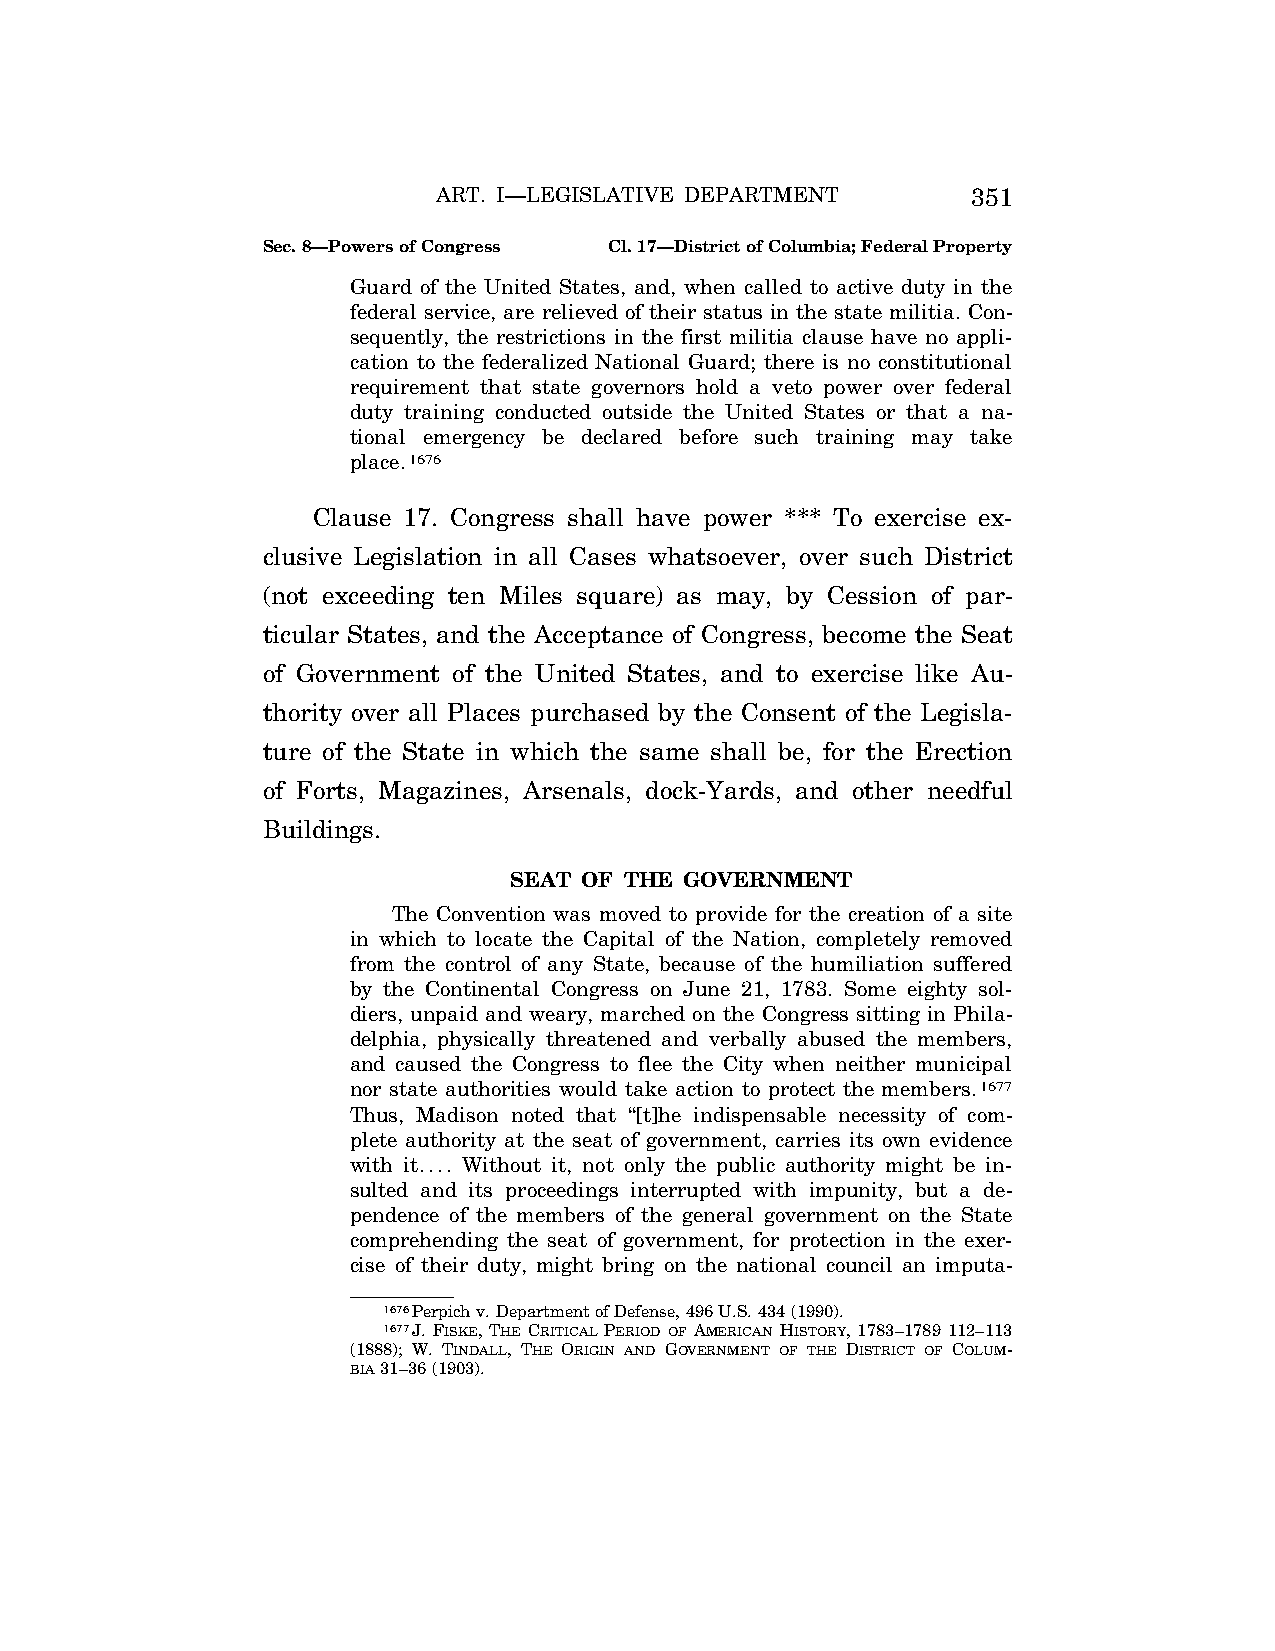
ART. I—LEGISLATIVE DEPARTMENT      351
 Sec. 8—Powers of Congress Cl. 17—District of Columbia; Federal Property
 Guard of the United States, and, when called to active duty in the
 federal service, are relieved of their status in the state militia. Con-
 sequently, the restrictions in the first militia clause have no appli-
 cation to the federalized National Guard; there is no constitutional
 requirement that state governors hold a veto power over federal
 duty training conducted outside the United States or that a na-
 tional emergency be declared before such training may take
 place.1676
 Clause 17. Congress shall have power *** To exercise ex-
 clusive Legislation in all Cases whatsoever, over such District
 (not exceeding ten Miles square) as may, by Cession of par-
 ticular States, and the Acceptance of Congress, become the Seat
 of Government of the United States, and to exercise like Au-
 thority over all Places purchased by the Consent of the Legisla-
 ture of the State in which the same shall be, for the Erection
 of Forts, Magazines, Arsenals, dock-Yards, and other needful
 Buildings.
 SEAT OF THE GOVERNMENT
 The Convention was moved to provide for the creation of a site
 in which to locate the Capital of the Nation, completely removed
 from the control of any State, because of the humiliation suffered
 by the Continental Congress on June 21, 1783. Some eighty sol-
 diers, unpaid and weary, marched on the Congress sitting in Phila-
 delphia, physically threatened and verbally abused the members,
 and caused the Congress to flee the City when neither municipal
 nor state authorities would take action to protect the members.1677
 Thus, Madison noted that ‘‘[t]he indispensable necessity of com-
 plete authority at the seat of government, carries its own evidence
 with it.... Without it, not only the public authority might be in-
 sulted and its proceedings interrupted with impunity, but a de-
 pendence of the members of the general government on the State
 comprehending the seat of government, for protection in the exer-
 cise of their duty, might bring on the national council an imputa-
 1676Perpich v. Department of Defense, 496 U.S. 434 (1990).
 1677J. FISKE, THE CRITICAL PERIOD OF AMERICAN HISTORY, 1783–1789 112–113
 (1888); W. TINDALL, THE ORIGIN AND GOVERNMENT OF THE DISTRICT OF COLUM-
 BIA31–36 (1903).
 VerDate Apr<14>2004 12:35 Apr 14, 2004 Jkt 077500 PO 00000 Frm 00289 Fmt 8222 Sfmt 8222 C:\CONAN\CON009.SGM PRFM99 PsN: CON009